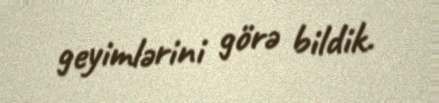
geyimlərini görə bildik.